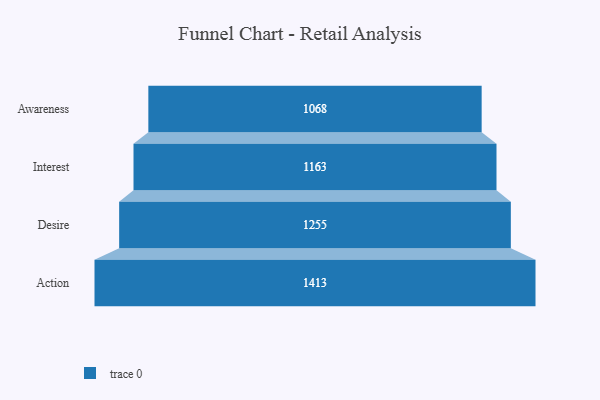
{"axis": {"x": "Stage", "y": "Value"}, "legend": [""], "data": [{"x": "Awareness", "y": 1068.0, "type": ""}, {"x": "Interest", "y": 1163.0, "type": ""}, {"x": "Desire", "y": 1255.0, "type": ""}, {"x": "Action", "y": 1413.0, "type": ""}]}